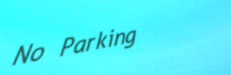
No Parking